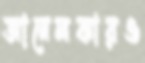
আনেলকারও